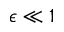
\epsilon \ll 1